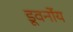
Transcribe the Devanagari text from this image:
डूवर्नोय